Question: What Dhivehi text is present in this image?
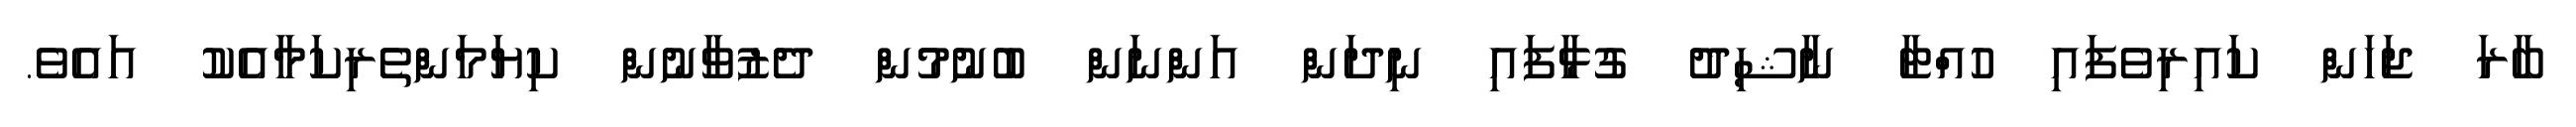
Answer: ބާރަ ޖަހަން ކައިރިވެފައި ހުއްޓާ ނާޝިދު ގުޅާފައި ނިދަން އަންނަން ބުނުމުން ދެޒުވާނުން ކިޔަމަންތެރިކަމާއެކު އައެވެ.